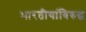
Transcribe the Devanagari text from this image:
भारतीयांविरुद्ध